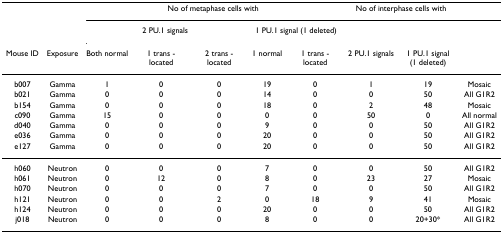
|  |  | <COLSPAN=5> No of metaphase cells with | <COLSPAN=2> No of interphase cells with |  |
 |  |  | <COLSPAN=3> 2 PU.1 signals | <COLSPAN=2> 1 PU.1 signal (1 deleted) |  |  |  |
 | Mouse ID | Exposure | Both normal | 1 trans -located | 2 trans -located | 1 normal | 1 trans -located | 2 PU.1 signals | 1 PU.1 signal (1 deleted) |  |
 | --- | --- | --- | --- | --- | --- | --- | --- | --- | --- |
 | b007 | Gamma | 1 | 0 | 0 | 19 | 0 | 1 | 19 | Mosaic |
 | b021 | Gamma | 0 | 0 | 0 | 14 | 0 | 0 | 50 | All G1R2 |
 | b154 | Gamma | 0 | 0 | 0 | 18 | 0 | 2 | 48 | Mosaic |
 | c090 | Gamma | 15 | 0 | 0 | 0 | 0 | 50 | 0 | All normal |
 | d040 | Gamma | 0 | 0 | 0 | 9 | 0 | 0 | 50 | All G1R2 |
 | e036 | Gamma | 0 | 0 | 0 | 20 | 0 | 0 | 50 | All G1R2 |
 | e127 | Gamma | 0 | 0 | 0 | 20 | 0 | 0 | 50 | All G1R2 |
 | h060 | Neutron | 0 | 0 | 0 | 7 | 0 | 0 | 50 | All G1R2 |
 | h061 | Neutron | 0 | 12 | 0 | 8 | 0 | 23 | 27 | Mosaic |
 | h070 | Neutron | 0 | 0 | 0 | 7 | 0 | 0 | 50 | All G1R2 |
 | h121 | Neutron | 0 | 0 | 2 | 0 | 18 | 9 | 41 | Mosaic |
 | h124 | Neutron | 0 | 0 | 0 | 20 | 0 | 0 | 50 | All G1R2 |
 | j018 | Neutron | 0 | 0 | 0 | 8 | 0 | 0 | 20+30* | All G1R2 |